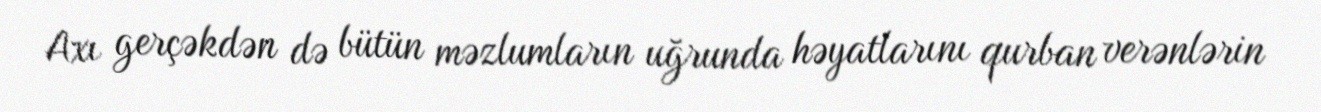
Axı gerçəkdən də bütün məzlumların uğrunda həyatlarını qurban verənlərin